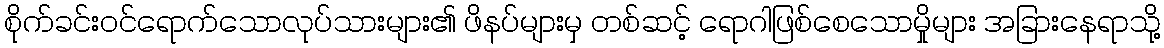
စိုက်ခင်းဝင်ရောက်သောလုပ်သားများ၏ ဖိနပ်များမှ တစ်ဆင့် ရောဂါဖြစ်စေသောမှိုများ အခြားနေရာသို့